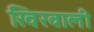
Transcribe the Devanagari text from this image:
खिरवाली